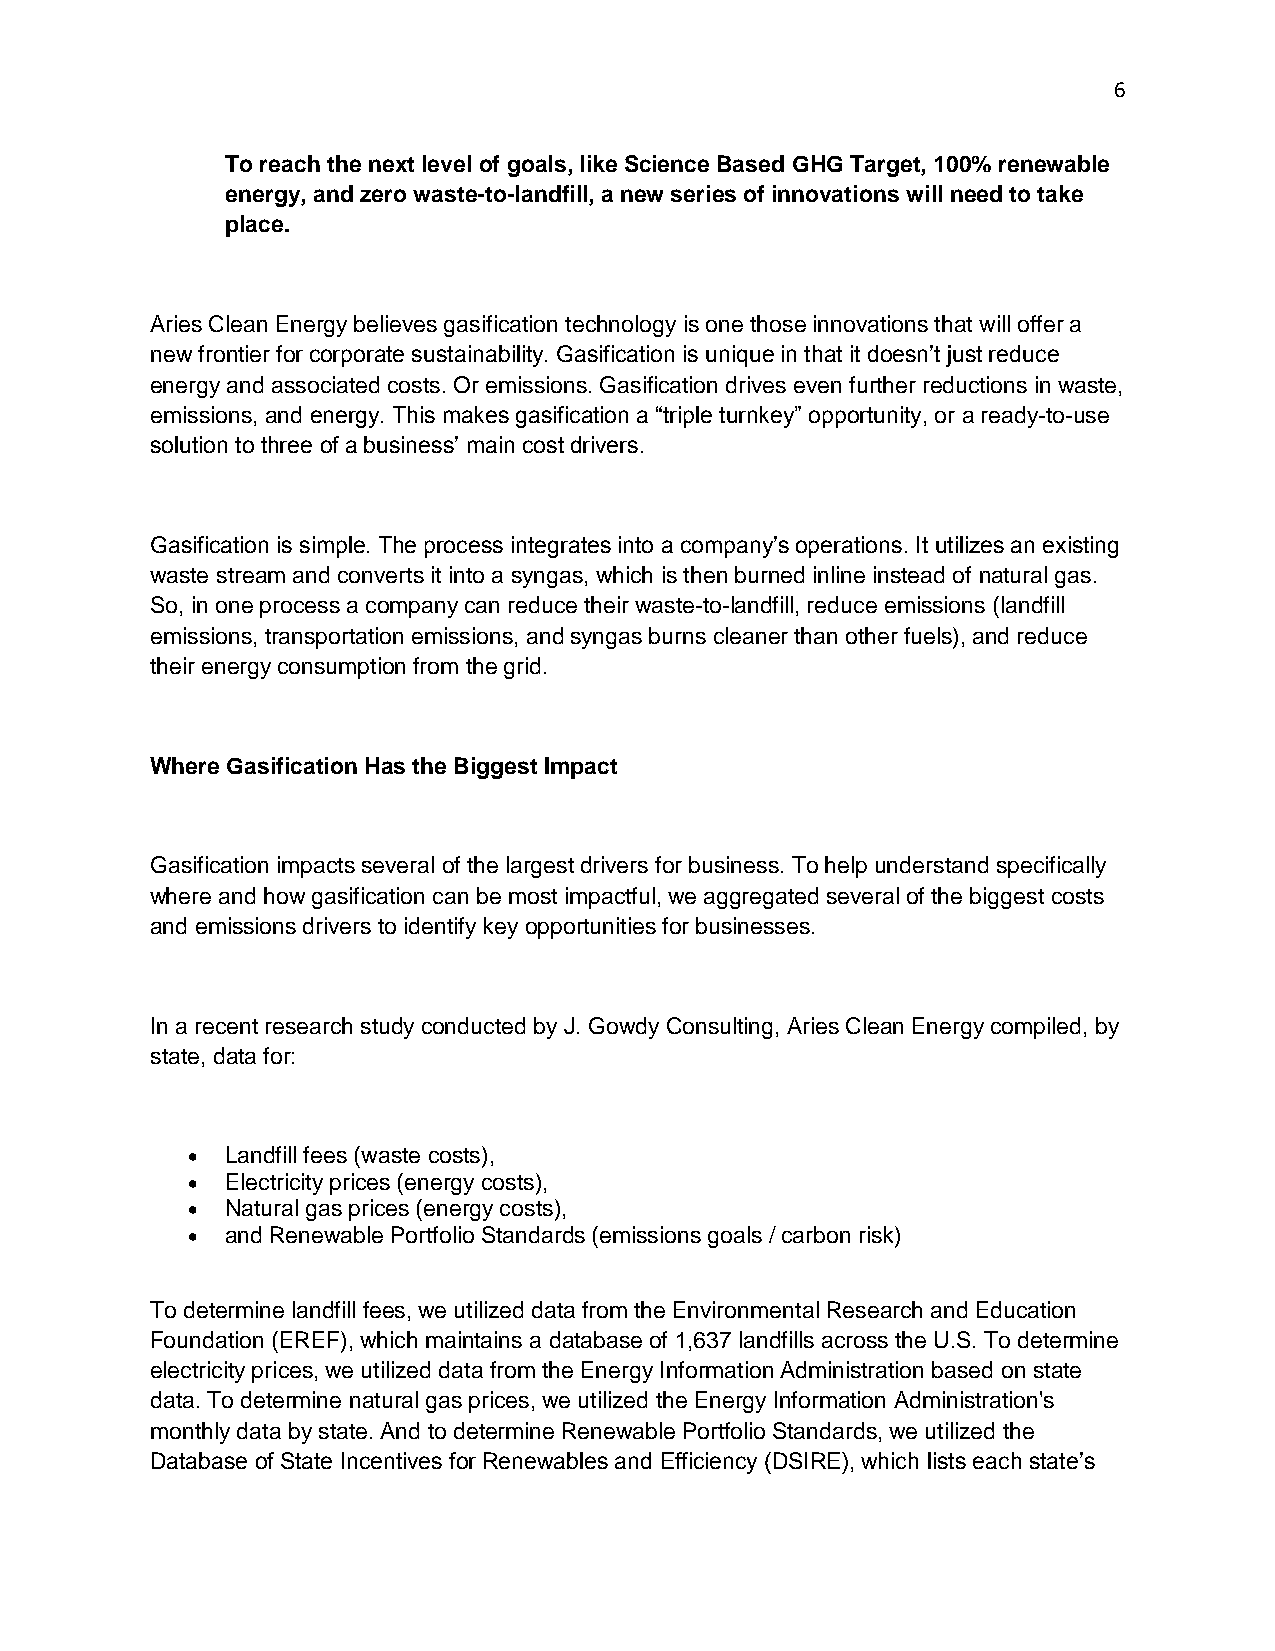
6
 To reach the next level of goals, like Science Based GHG Target, 100% renewable
 energy, and zero waste-to-landfill, a new series of innovations will need to take
 place.
 Aries Clean Energy believes gasification technology is one those innovations that will offer a
 new frontier for corporate sustainability. Gasification is unique in that it doesn’t just reduce
 energy and associated costs. Or emissions. Gasification drives even further reductions in waste,
 emissions, and energy. This makes gasification a “triple turnkey” opportunity, or a ready-to-use
 solution to three of a business’ main cost drivers.
 Gasification is simple. The process integrates into a company’s operations. It utilizes an existing
 waste stream and converts it into a syngas, which is then burned inline instead of natural gas.
 So, in one process a company can reduce their waste-to-landfill, reduce emissions (landfill
 emissions, transportation emissions, and syngas burns cleaner than other fuels), and reduce
 their energy consumption from the grid.
 Where Gasification Has the Biggest Impact
 Gasification impacts several of the largest drivers for business. To help understand specifically
 where and how gasification can be most impactful, we aggregated several of the biggest costs
 and emissions drivers to identify key opportunities for businesses.
 In a recent research study conducted by J. Gowdy Consulting, Aries Clean Energy compiled, by
 state, data for:
 •  Landfill fees (waste costs),
 •  Electricity prices (energy costs),
 •  Natural gas prices (energy costs),
 •  and Renewable Portfolio Standards (emissions goals / carbon risk)
 To determine landfill fees, we utilized data from the Environmental Research and Education
 Foundation (EREF), which maintains a database of 1,637 landfills across the U.S. To determine
 electricity prices, we utilized data from the Energy Information Administration based on state
 data. To determine natural gas prices, we utilized the Energy Information Administration's
 monthly data by state. And to determine Renewable Portfolio Standards, we utilized the
 Database of State Incentives for Renewables and Efficiency (DSIRE), which lists each state’s